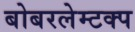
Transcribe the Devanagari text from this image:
बोबरलेम्टक्प